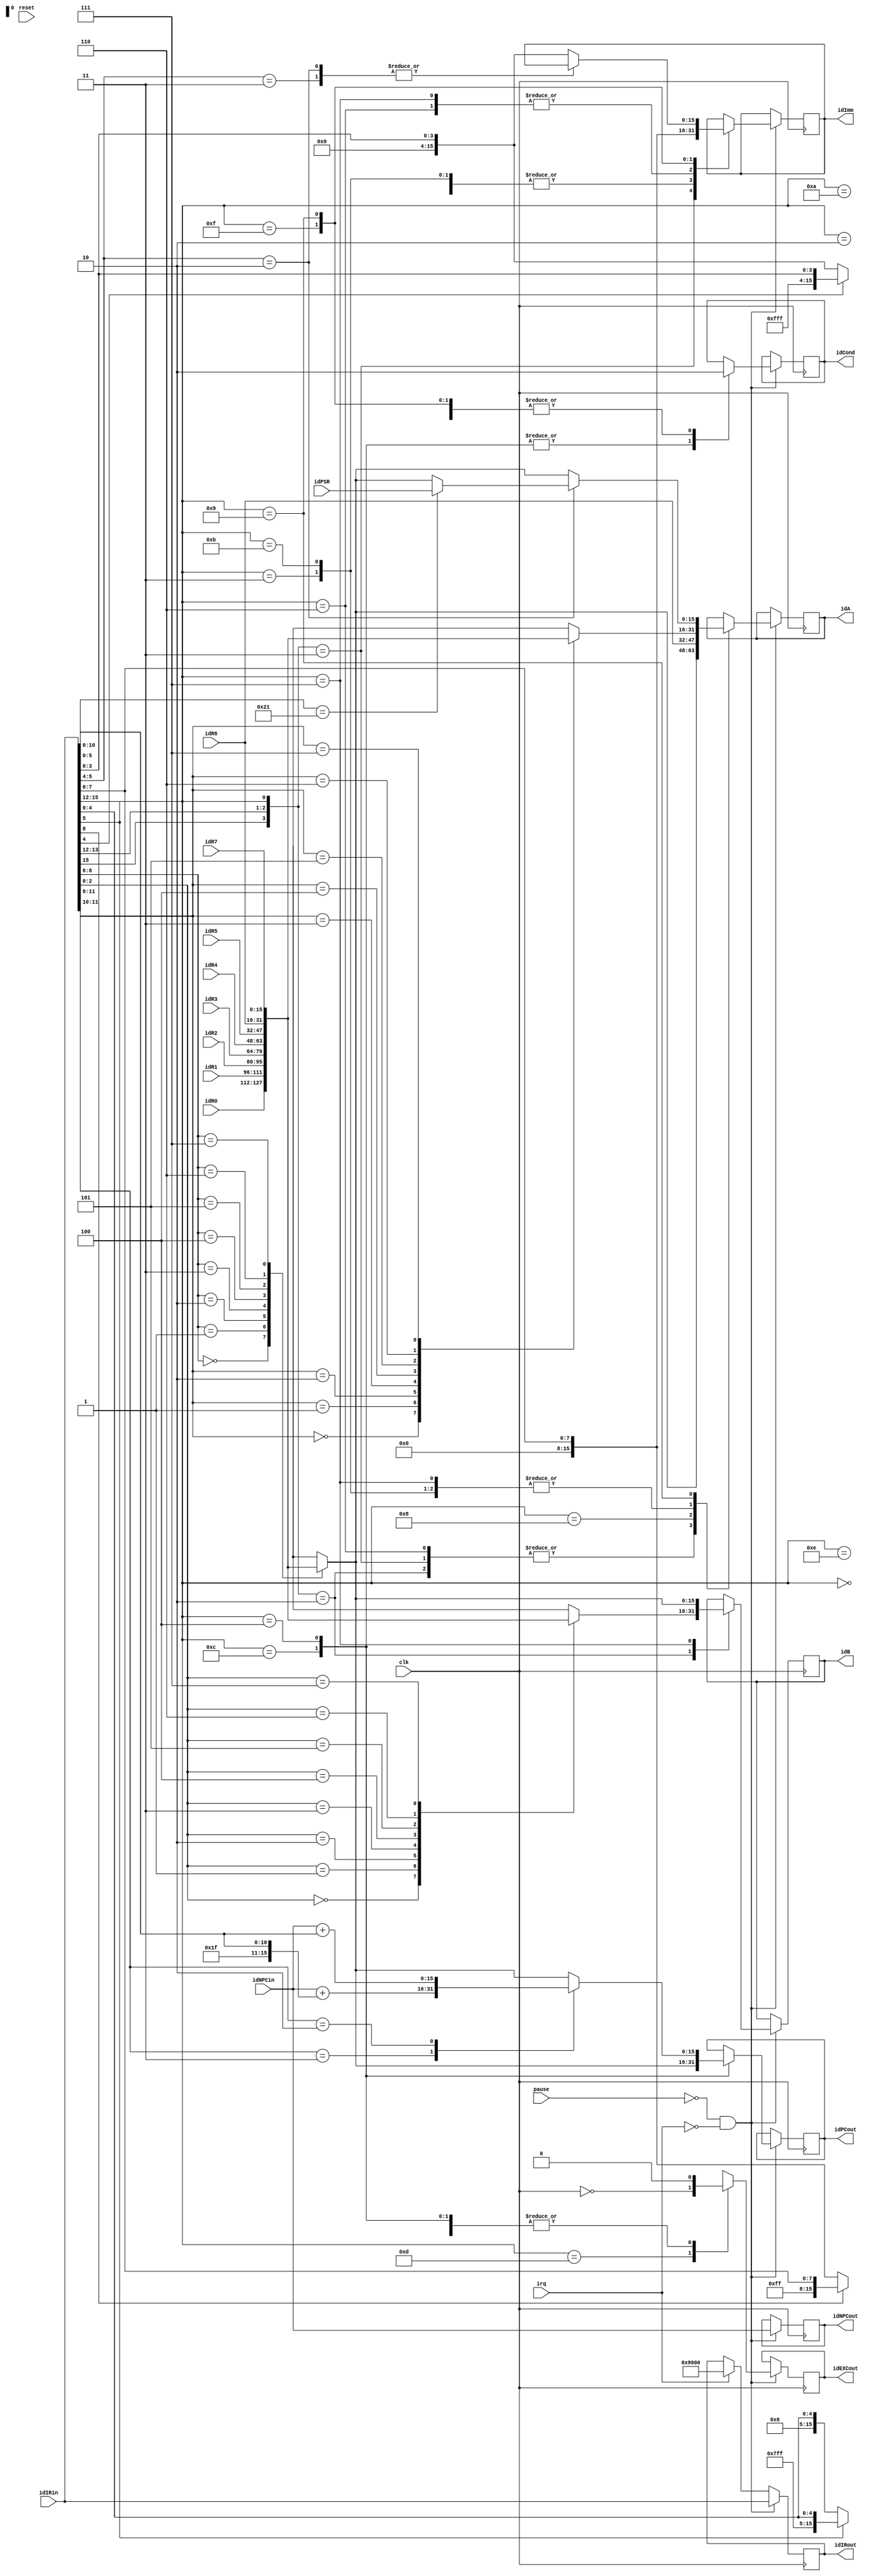
/*
 *  
 * PB10011041  
 */

module ID(clk, reset, irq, pause, idIRin, idNPCin, idPSR,
		  idR0, idR1, idR2, idR3, idR4, idR5, idR6, idR7,
		  idA, idB, idImm, idIRout, idNPCout,
		  idPCout, idCond, idEXCout);

	input clk, reset, irq, pause;
	input [15:0] idIRin;
	input [15:0] idNPCin;
	input [15:0] idPSR;
	input [15:0] idR0, idR1, idR2, idR3, idR4, idR5, idR6, idR7;
	output [15:0] idA, idB, idImm;
	output [15:0] idIRout, idNPCout;
	output [15:0] idPCout;
	output idCond, idEXCout;

	reg [15:0] idA, idB, idImm;
	reg [15:0] idIRout, idNPCout;

	reg [15:0] idPCout;
	reg idCond, idEXCout;

	always @(negedge clk)
	begin
		if (pause == 1'b0 && irq == 1'b0)
		begin
		idIRout <= idIRin;
		idNPCout <= idNPCin;
		casex({idIRin[15:12], idIRin[5]})
			5'b0x01_0:		//0001 ADD 0101 AND
			begin
				idEXCout <= 1'b0;
				idCond <= 1'b0;
				case(idIRin[8:6])
					3'b000: idA <= idR0;
					3'b001: idA <= idR1;
					3'b010: idA <= idR2;
					3'b011: idA <= idR3;
					3'b100: idA <= idR4;
					3'b101: idA <= idR5;
					3'b110: idA <= idR6;
					3'b111: idA <= idR7;
				endcase
				case(idIRin[2:0])
					3'b000: idB <= idR0;
					3'b001: idB <= idR1;
					3'b010: idB <= idR2;
					3'b011: idB <= idR3;
					3'b100: idB <= idR4;
					3'b101: idB <= idR5;
					3'b110: idB <= idR6;
					3'b111: idB <= idR7;
				endcase
			end
			5'b0x01_1:		//ADDI ANDI
			begin
				idEXCout <= 1'b0;
				idCond <= 1'b0;
				case(idIRin[8:6])
					3'b000: idA <= idR0;
					3'b001: idA <= idR1;
					3'b010: idA <= idR2;
					3'b011: idA <= idR3;
					3'b100: idA <= idR4;
					3'b101: idA <= idR5;
					3'b110: idA <= idR6;
					3'b111: idA <= idR7;
				endcase
				if (idIRin[4] == 0)
					idImm <= {11'h0, idIRin[4:0]};
				else
					idImm <= {11'h7FF, idIRin[4:0]};
			end
			5'b0000_x:	//BR
			begin
				idEXCout <= 1'b0;
				idCond <= 1'b0;
				if (idIRin[8] == 0)
					idImm <= {7'h0, idIRin[8:0]};
				else
					idImm <= {7'h7F, idIRin[8:0]};
			end
			5'b1100_x:	//JMP
			begin
				idEXCout <= 1'b0;
				idCond <= 1'b1;
				case(idIRin[8:6])
					3'b000: idPCout <= idR0;
					3'b001: idPCout <= idR1;
					3'b010: idPCout <= idR2;
					3'b011: idPCout <= idR3;
					3'b100: idPCout <= idR4;
					3'b101: idPCout <= idR5;
					3'b110: idPCout <= idR6;
					3'b111: idPCout <= idR7;	//RET
				endcase	
			end
			5'b0100_x:	//JSR JSRR
			begin
				idEXCout <= 1'b0;
				idCond <= 1'b1;
				case(idIRin[11:10])
				2'b11:			//JSR
				begin
					idPCout <= idNPCin + {5'h1F, idIRin[10:0]};
				end
				2'b10:			//JSR
				begin
					idPCout <= idNPCin + {5'h0, idIRin[10:0]};
				end
				default:		//JSRR
				begin
					case(idIRin[8:6])
						3'b000: idPCout <= idR0;
						3'b001: idPCout <= idR1;
						3'b010: idPCout <= idR2;
						3'b011: idPCout <= idR3;
						3'b100: idPCout <= idR4;
						3'b101: idPCout <= idR5;
						3'b110: idPCout <= idR6;
						3'b111: idPCout <= idR7;
					endcase
				end
				endcase
			end
			5'b0010_x:	//LD
			begin
				idEXCout <= 1'b0;
				idCond <= 1'b0;
				if (idIRin[8] == 1'b0)
					idImm <= {7'h0, idIRin[8:0]};
				else
					idImm <= {7'h7F, idIRin[8:0]};
			end
			5'b1010_x:	//LDI
			begin
				idEXCout <= 1'b0;
				idCond <= 1'b0;
				if (idIRin[8] == 1'b0)
					idImm <= {7'h0, idIRin[8:0]};
				else
					idImm <= {7'h7F, idIRin[8:0]};
			end
			5'b0110_x:	//LDR
			begin
				idEXCout <= 1'b0;
				idCond <= 1'b0;
				case(idIRin[8:6])
					3'b000: idA <= idR0;
					3'b001: idA <= idR1;
					3'b010: idA <= idR2;
					3'b011: idA <= idR3;
					3'b100: idA <= idR4;
					3'b101: idA <= idR5;
					3'b110: idA <= idR6;
					3'b111: idA <= idR7;
				endcase
				if (idIRin[5] == 0)
					idImm <= {10'h0, idIRin[5:0]};
				else
					idImm <= {10'h3FF, idIRin[5:0]};								
			end
			5'b1110_x:	//LEA
			begin
				idEXCout <= 1'b0;
				idCond <= 1'b0;
				if (idIRin[8] == 0)
					idImm <= {7'h0, idIRin[8:0]};
				else
					idImm <= {7'h7F, idIRin[8:0]};
			end
			5'b1000_x:	//RTI
			begin
				idEXCout <= 1'b0;
				idCond <= 1'b0;
				idA <= idR6;
			end
			5'b0011_x:	//ST
			begin
				idEXCout <= 1'b0;
				idCond <= 1'b0;
				case(idIRin[11:9])
					3'b000: idA <= idR0;
					3'b001: idA <= idR1;
					3'b010: idA <= idR2;
					3'b011: idA <= idR3;
					3'b100: idA <= idR4;
					3'b101: idA <= idR5;
					3'b110: idA <= idR6;
					3'b111: idA <= idR7;
				endcase
				if (idIRin[8] == 0)
					idImm <= {7'h0, idIRin[8:0]};
				else
					idImm <= {7'h7F, idIRin[8:0]};			
			end
			5'b1011_x:	//STI
			begin
				idEXCout <= 1'b0;
				idCond <= 1'b0;
				case(idIRin[11:9])
					3'b000: idA <= idR0;
					3'b001: idA <= idR1;
					3'b010: idA <= idR2;
					3'b011: idA <= idR3;
					3'b100: idA <= idR4;
					3'b101: idA <= idR5;
					3'b110: idA <= idR6;
					3'b111: idA <= idR7;
				endcase
				if (idIRin[8] == 0)
					idImm <= {7'h0, idIRin[8:0]};
				else
					idImm <= {7'h7F, idIRin[8:0]};
			end
			5'b0111_x:	//STR
			begin
				idEXCout <= 1'b0;
				idCond <= 1'b0;
				case(idIRin[11:9])
					3'b000: idA <= idR0;
					3'b001: idA <= idR1;
					3'b010: idA <= idR2;
					3'b011: idA <= idR3;
					3'b100: idA <= idR4;
					3'b101: idA <= idR5;
					3'b110: idA <= idR6;
					3'b111: idA <= idR7;
				endcase
				case(idIRin[8:6])
					3'b000: idB <= idR0;
					3'b001: idB <= idR1;
					3'b010: idB <= idR2;
					3'b011: idB <= idR3;
					3'b100: idB <= idR4;
					3'b101: idB <= idR5;
					3'b110: idB <= idR6;
					3'b111: idB <= idR7;
				endcase
				if (idIRin[5] == 0)
					idImm <= {10'h0, idIRin[5:0]};
				else
					idImm <= {10'h3FF, idIRin[5:0]};				
			end
			5'b1111_x:	//TRAP
			begin
				idCond <= 1'b0;
				idImm <= {8'h0, idIRin[7:0]};
				idEXCout <= 1'b0;
			end
			5'b1101_x:	//EXC
			begin
					idEXCout <= ~clk;
			end
			5'b1001_x:	//NOT +   
			begin
				idCond <= 1'b0;
				idEXCout <= 1'b0;
				case(idIRin[5:4])
					2'b11:		//NOT
					begin
						case(idIRin[8:6])
							3'b000: idA <= idR0;
							3'b001: idA <= idR1;
							3'b010: idA <= idR2;
							3'b011: idA <= idR3;
							3'b100: idA <= idR4;
							3'b101: idA <= idR5;
							3'b110: idA <= idR6;
							3'b111: idA <= idR7;
						endcase
					end
					2'b10:		//RRS DPS WPS
					begin
						if (idIRin[5:0] == 6'b100001)	//DPS
							idA <= idPSR;
						else
						begin
							case(idIRin[8:6])
								3'b000: idA <= idR0;
								3'b001: idA <= idR1;
								3'b010: idA <= idR2;
								3'b011: idA <= idR3;
								3'b100: idA <= idR4;
								3'b101: idA <= idR5;
								3'b110: idA <= idR6;
								3'b111: idA <= idR7;
							endcase
						end
					end
					default:	//LS RS NOP
					begin
						case(idIRin[8:6])
							3'b000: idA <= idR0;
							3'b001: idA <= idR1;
							3'b010: idA <= idR2;
							3'b011: idA <= idR3;
							3'b100: idA <= idR4;
							3'b101: idA <= idR5;
							3'b110: idA <= idR6;
							3'b111: idA <= idR7;
						endcase
						idImm <= {12'h0, idIRin[3:0]};
					end
				endcase
			end
			default:
			begin
				idCond <= 1'b0;
				idA <= 16'h0;
				idB <= 16'h0;
				idImm <= 16'h0;
				idEXCout <= 1'b0;
			end
		endcase
		end
		else if (irq == 1'b1)
			idIRout <= 16'h9000;
	end
endmodule